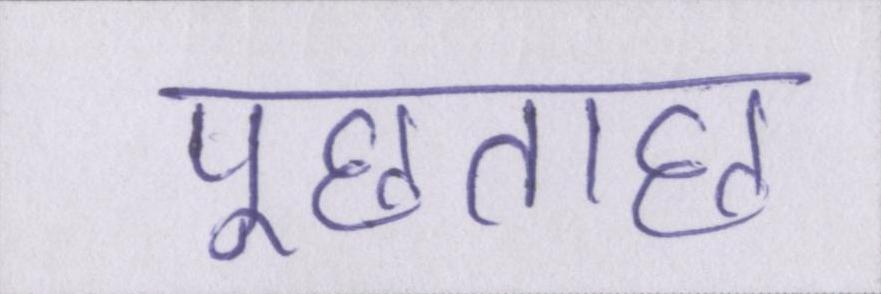
पूछताछ